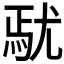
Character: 𡯼